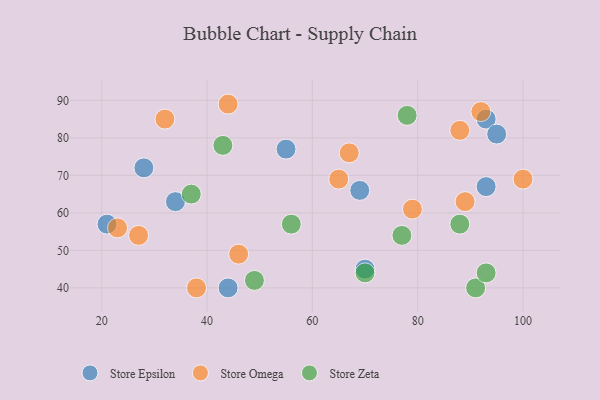
{"axis": {"x": "GDP", "y": "Life Expectancy"}, "legend": ["Store Epsilon", "Store Omega", "Store Zeta"], "data": [{"x": "44", "y": 40, "type": "Store Epsilon"}, {"x": "70", "y": 45, "type": "Store Epsilon"}, {"x": "34", "y": 63, "type": "Store Epsilon"}, {"x": "55", "y": 77, "type": "Store Epsilon"}, {"x": "28", "y": 72, "type": "Store Epsilon"}, {"x": "93", "y": 85, "type": "Store Epsilon"}, {"x": "95", "y": 81, "type": "Store Epsilon"}, {"x": "21", "y": 57, "type": "Store Epsilon"}, {"x": "93", "y": 67, "type": "Store Epsilon"}, {"x": "69", "y": 66, "type": "Store Epsilon"}, {"x": "27", "y": 54, "type": "Store Omega"}, {"x": "38", "y": 40, "type": "Store Omega"}, {"x": "23", "y": 56, "type": "Store Omega"}, {"x": "44", "y": 89, "type": "Store Omega"}, {"x": "100", "y": 69, "type": "Store Omega"}, {"x": "88", "y": 82, "type": "Store Omega"}, {"x": "79", "y": 61, "type": "Store Omega"}, {"x": "92", "y": 87, "type": "Store Omega"}, {"x": "32", "y": 85, "type": "Store Omega"}, {"x": "65", "y": 69, "type": "Store Omega"}, {"x": "89", "y": 63, "type": "Store Omega"}, {"x": "67", "y": 76, "type": "Store Omega"}, {"x": "46", "y": 49, "type": "Store Omega"}, {"x": "77", "y": 54, "type": "Store Zeta"}, {"x": "43", "y": 78, "type": "Store Zeta"}, {"x": "37", "y": 65, "type": "Store Zeta"}, {"x": "70", "y": 44, "type": "Store Zeta"}, {"x": "91", "y": 40, "type": "Store Zeta"}, {"x": "56", "y": 57, "type": "Store Zeta"}, {"x": "93", "y": 44, "type": "Store Zeta"}, {"x": "78", "y": 86, "type": "Store Zeta"}, {"x": "88", "y": 57, "type": "Store Zeta"}, {"x": "49", "y": 42, "type": "Store Zeta"}]}